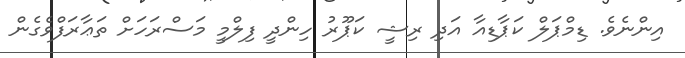
އިންނެވެ. ޑިމްޕަލް ކަޕާޑިއާ އަދި ރިޝީ ކަޕޫރު ހިންދީ ފިލްމީ މަސްރަހަށް ތަޢާރަފްވެގެން